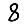
Digit: 8